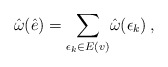
\begin{align*}\hat\omega(\hat e) = \underset{\epsilon_k \in E(v)}{\sum} \hat\omega(\epsilon_k)\, ,\end{align*}